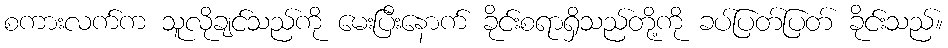
စကားလက်က သူလိုချင်သည်ကို မေးပြီးနောက် ခိုင်းစရာရှိသည်တို့ကို ခပ်ပြတ်ပြတ် ခိုင်းသည်။